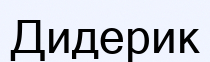
Дидерик